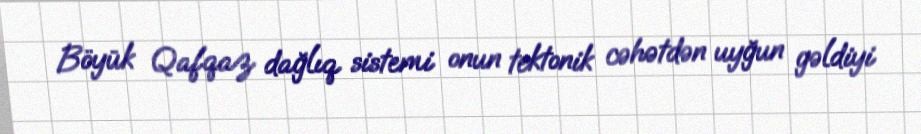
Böyük Qafqaz dağlıq sistemi onun tektonik cəhətdən uyğun gəldiyi